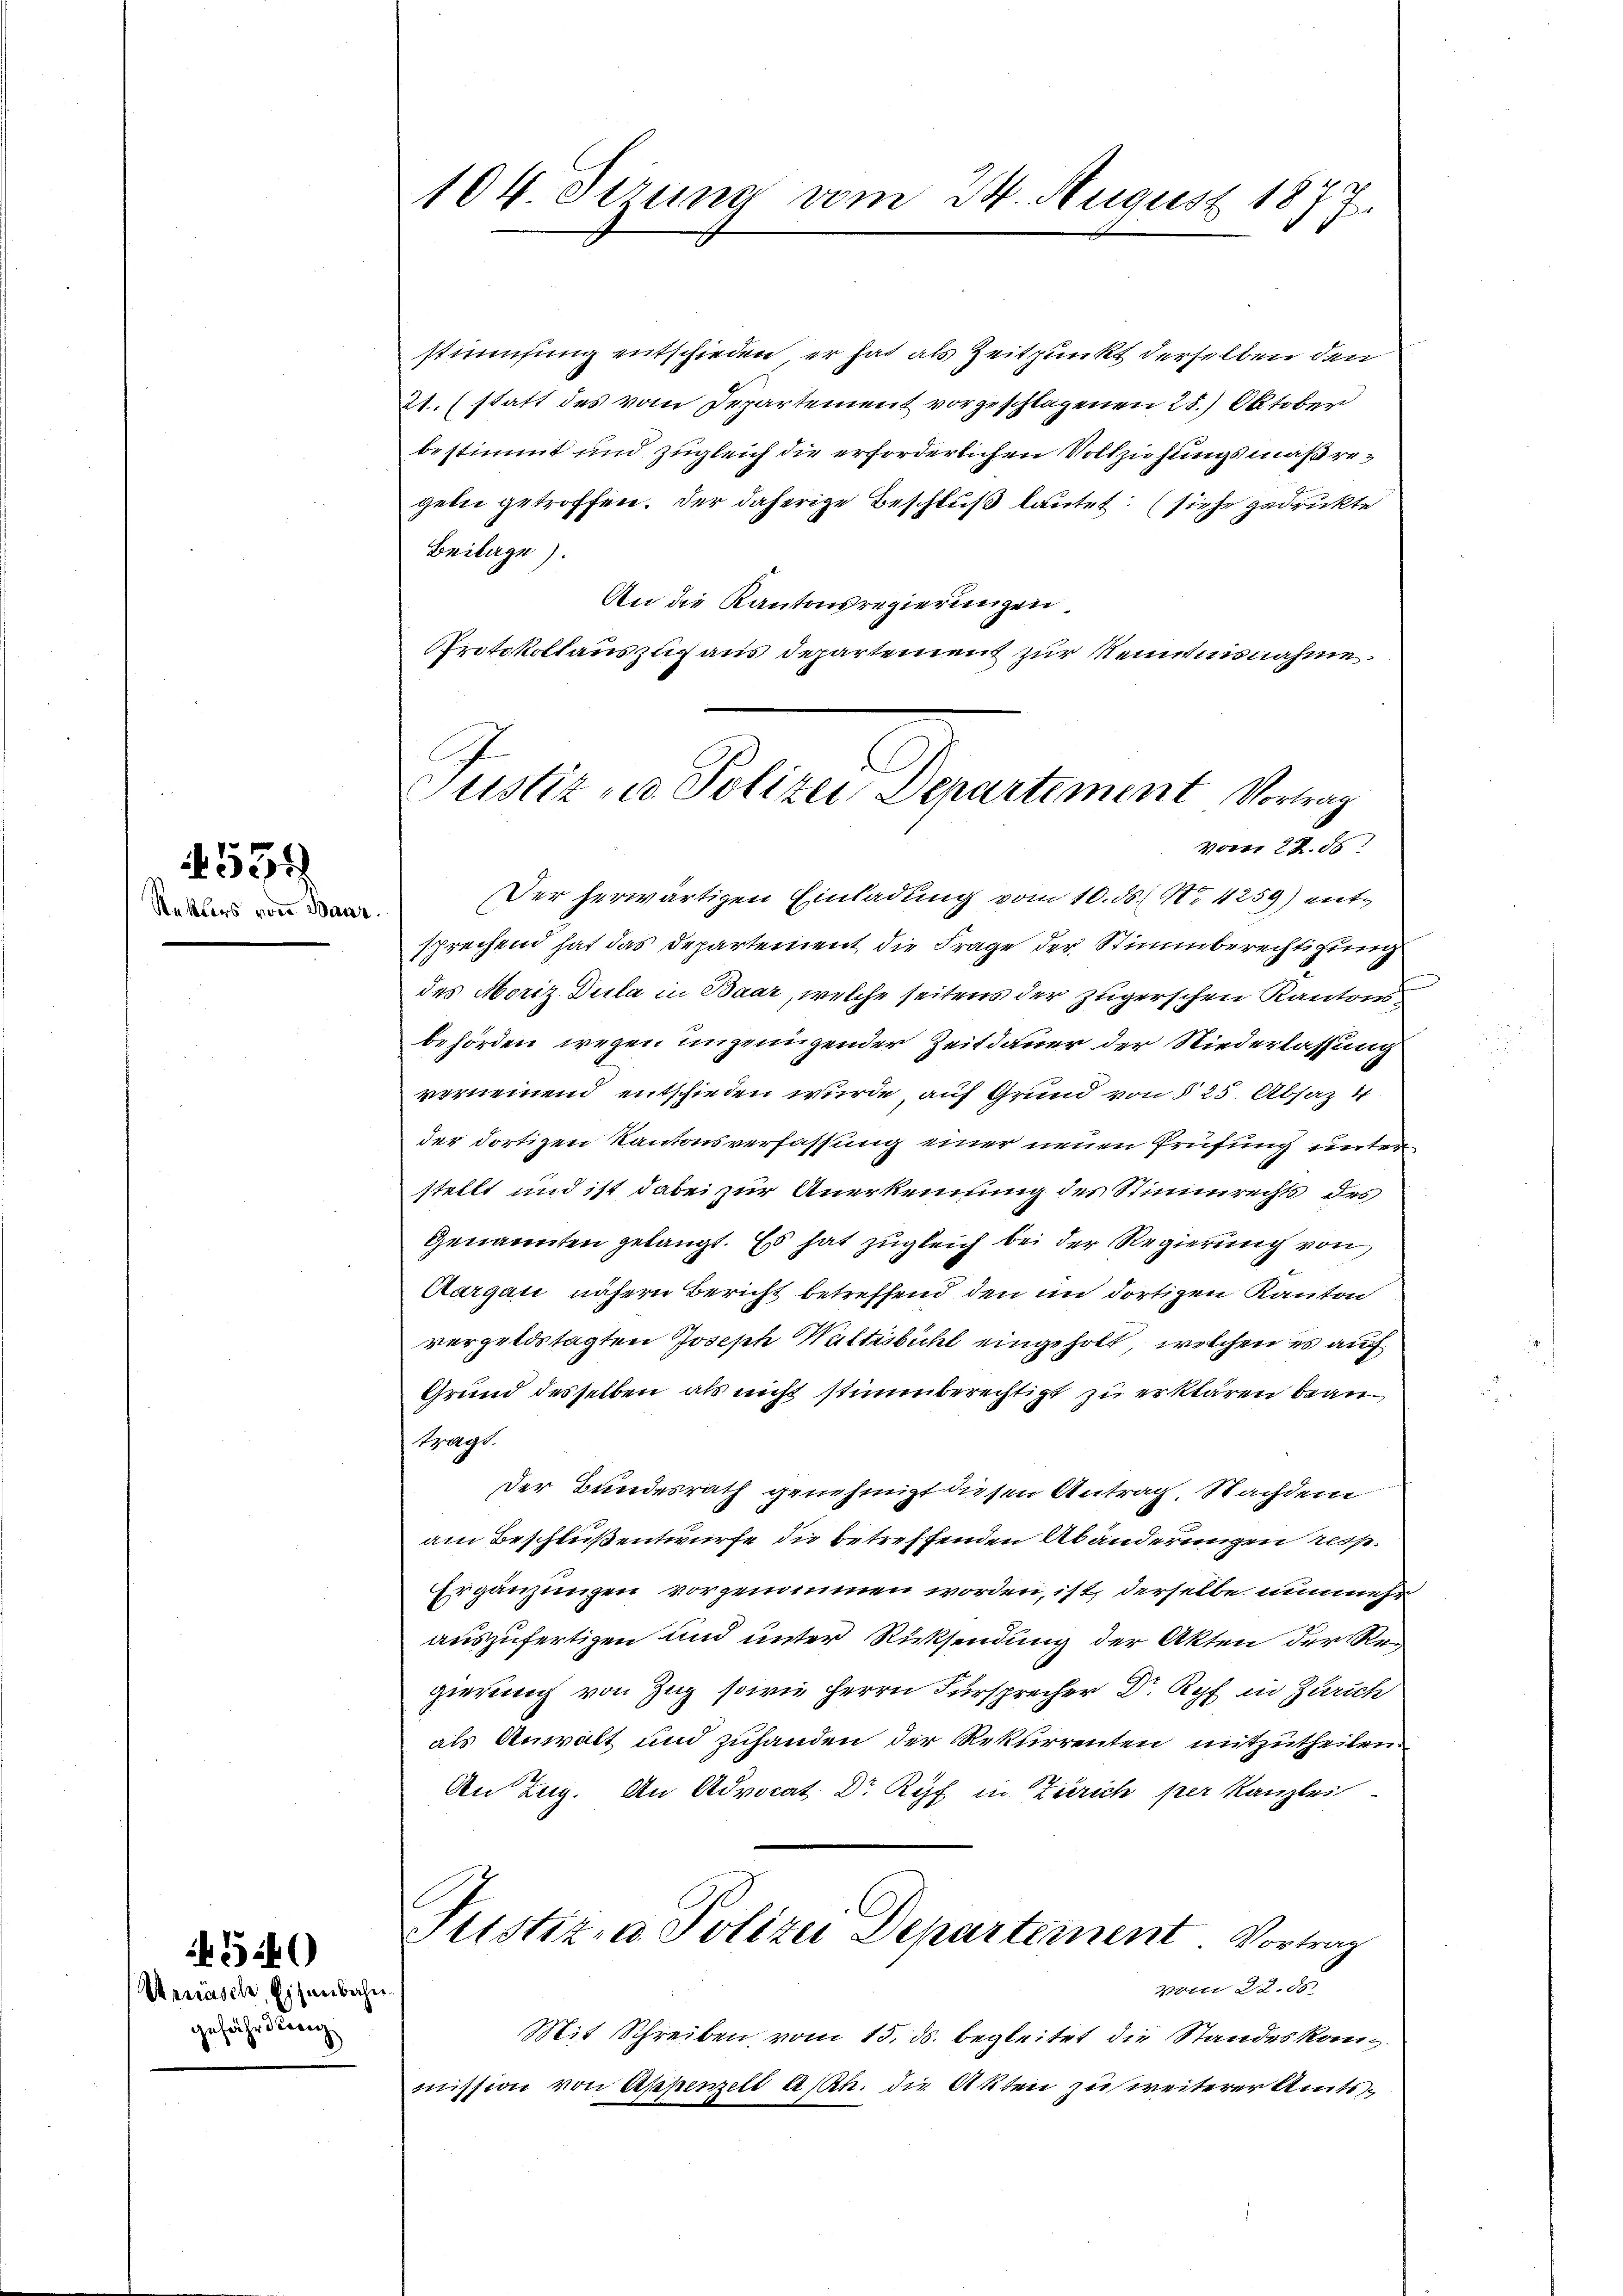
Rektors von Baur

554

Venäsche, Eisenbahn
gefähr diren

104 Sizung vom 24. August 1877.

stimmung entschieden, er hat als Zeitpunkt derselben den
21. statt des vom Departement vorgeschlagenen 28. Oktober
bestimmt und zugleich die erforderlichen Vollziehungsmaßregeln getroffen. Der daherige Beschluß lautet: (siehe gedrückte
Beilage).
An die Kantonsregierungen.
Protokollauszug aus Departement zur Kenntnisnahme.
Der herwärtigen Einladung vom 10. ds. No. 4259) entsprechend hat das Departement die Frage der Stimmberechtigung
des Moriz Dula in Baar, welche seitens der Zügerschen Kantons
behörden wegen ungenügender Zeitdauer der Niederlassung
verneinend entschieden wurde, auf Grund von § 25. Absaz 4
der dortigen Kantonsverfassung einer neuen Prüfung unter
stellt und ist dabei zur Anerkennung des Stimmrechts des
genannten gelangt. Es hat zugleich bei der Regierung von
Aargau nähern Bericht betreffend den im dortigen Kanton
vergeldstagten Joseph Waltisbühl eingeholt, welchen es auf
Grund desselben als nicht stimmberechtigt zu erklären beanträgt.
Der Bundesrath genehmigt diesen Antrag. Nachdem
am Beschlußentwürfe die betreffenden Abänderungen ress
Ergänzungen vorgenommen worden, ist derselbe nunmehr
auszufertigen und unter Rücksendung der Akten der Regierung von Zug sowie Herrn Fürsprecher Dr. Ryf in Zürich
als Anwalt und zuhanden der Rekurrenten mitzutheilen.
Den Zug. An Advocat Dr Ryf in Zürich per Kanzles
Justiz- u. Polizei Departement. Vortrag
vom 22. ds
Mit Schreiben vom 15. ds. begleitet die Standeskanzmission von Appenzell Asth. die Akten zu weiterer Amts¬

Justiz - Polizei Departement Vortrag
vom 22. 85: